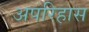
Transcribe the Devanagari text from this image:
अपरिहास